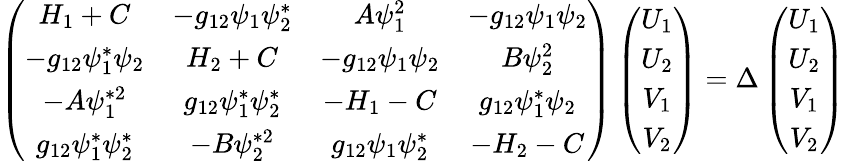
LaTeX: \begin{array}{r}{\left(\begin{array}{cccc}{H_{1}+C}&{-g_{12}\psi_{1}\psi_{2}^{*}}&{A\psi_{1}^{2}}&{-g_{12}\psi_{1}\psi_{2}}\\ {-g_{12}\psi_{1}^{*}\psi_{2}}&{H_{2}+C}&{-g_{12}\psi_{1}\psi_{2}}&{B\psi_{2}^{2}}\\ {-A\psi_{1}^{*2}}&{g_{12}\psi_{1}^{*}\psi_{2}^{*}}&{-H_{1}-C}&{g_{12}\psi_{1}^{*}\psi_{2}}\\ {g_{12}\psi_{1}^{*}\psi_{2}^{*}}&{-B\psi_{2}^{*2}}&{g_{12}\psi_{1}\psi_{2}^{*}}&{-H_{2}-C}\end{array}\right)\left(\begin{array}{c}{U_{1}}\\ {U_{2}}\\ {V_{1}}\\ {V_{2}}\end{array}\right)=\Delta\left(\begin{array}{c}{U_{1}}\\ {U_{2}}\\ {V_{1}}\\ {V_{2}}\end{array}\right)}\end{array}